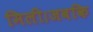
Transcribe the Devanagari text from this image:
मिली।जबकि